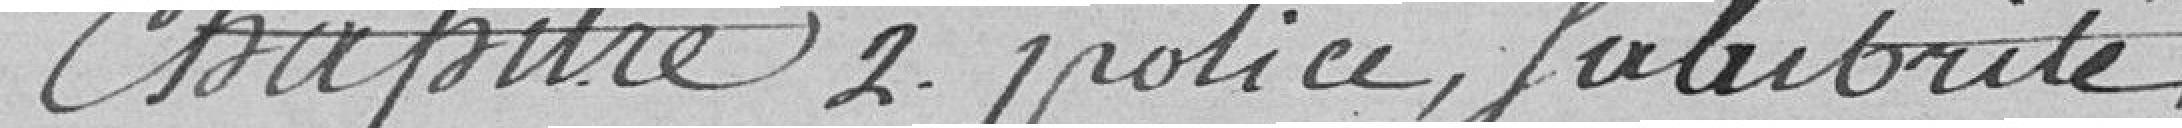
Chapitre 2. police, salubrité